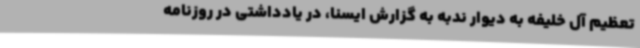
تعظیم آل خلیفه به دیوار ندبه به گزارش ایسنا، در یادداشتی در روزنامه